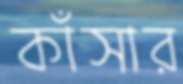
কাঁসার